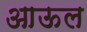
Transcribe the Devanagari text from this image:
आऊल